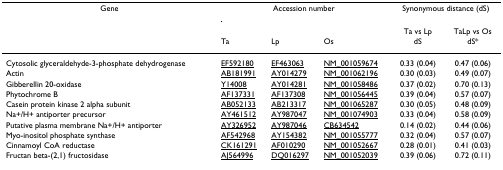
<table><thead><tr><td><b>Gene</b></td><td colspan="3"><b>Accession number</b></td><td colspan="2"><b>Synonymous distance (dS)</b></td></tr><tr><td></td><td></td><td></td><td></td><td><b>Ta vs Lp</b></td><td><b>TaLp vs Os</b></td></tr><tr><td></td><td><b>Ta</b></td><td><b>Lp</b></td><td><b>Os</b></td><td><b>dS</b></td><td><b>dS*</b></td></tr></thead><tbody><tr><td>Cytosolic glyceraldehyde-3-phosphate dehydrogenase</td><td>EF592180</td><td>EF463063</td><td>NM_001059674</td><td>0.33 (0.04)</td><td>0.47 (0.06)</td></tr><tr><td>Actin</td><td>AB181991</td><td>AY014279</td><td>NM_001062196</td><td>0.30 (0.03)</td><td>0.49 (0.07)</td></tr><tr><td>Gibberellin 20-oxidase</td><td>Y14008</td><td>AY014281</td><td>NM_001058486</td><td>0.37 (0.02)</td><td>0.70 (0.13)</td></tr><tr><td>Phytochrome B</td><td>AF137331</td><td>AF137308</td><td>NM_001056445</td><td>0.39 (0.04)</td><td>0.57 (0.07)</td></tr><tr><td>Casein protein kinase 2 alpha subunit</td><td>AB052133</td><td>AB213317</td><td>NM_001065287</td><td>0.30 (0.05)</td><td>0.48 (0.09)</td></tr><tr><td>Na+/H+ antiporter precursor</td><td>AY461512</td><td>AY987047</td><td>NM_001074903</td><td>0.33 (0.04)</td><td>0.58 (0.09)</td></tr><tr><td>Putative plasma membrane Na+/H+ antiporter</td><td>AY326952</td><td>AY987046</td><td>CB634542</td><td>0.14 (0.02)</td><td>0.44 (0.06)</td></tr><tr><td>Myo-inositol phosphate synthase</td><td>AF542968</td><td>AY154382</td><td>NM_001055777</td><td>0.32 (0.04)</td><td>0.57 (0.07)</td></tr><tr><td>Cinnamoyl CoA reductase</td><td>CK161291</td><td>AF010290</td><td>NM_001052667</td><td>0.28 (0.01)</td><td>0.41 (0.03)</td></tr><tr><td>Fructan beta-(2,1) fructosidase</td><td>AJ564996</td><td>DQ016297</td><td>NM_001052039</td><td>0.39 (0.06)</td><td>0.72 (0.11)</td></tr></tbody></table>